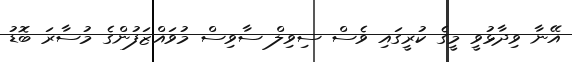
އޭނާ ވިދާޅުވީ މީގެ ކުރީގައި ވެސް ސިވިލް ސާވިސް މުވައްޒަފުންގެ މުސާރަ ބޮޑު